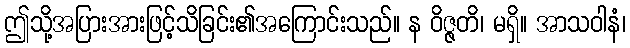
ဤသို့အပြားအားဖြင့်သိခြင်း၏အကြောင်းသည်။ န ဝိဇ္ဇတိ၊ မရှိ။ အာသဝါနံ၊